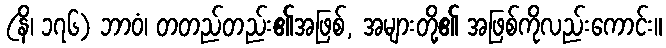
(နိ၊ ၁၇၆) ဘာဝံ၊ တတည်တည်း၏အဖြစ်, အများတို့၏ အဖြစ်ကိုလည်းကောင်း။